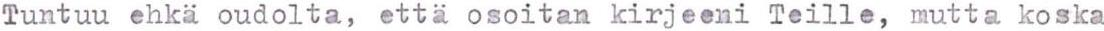
Tuntuu ehkä oudolta, että osoitan kirjeeni Teille, mutta koska